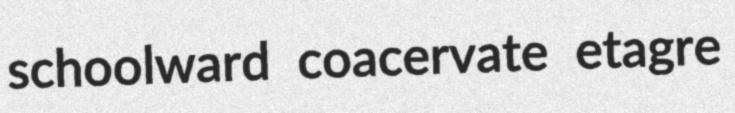
schoolward coacervate etagre